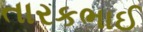
તારકભાઈ